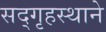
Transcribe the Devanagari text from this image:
सद्‌गृहस्थाने